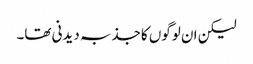
لیکن ان لوگوں کا جذبہ دیدنی تھا۔